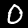
Digit: 0